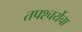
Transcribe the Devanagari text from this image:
तपश्‍चर्येचा